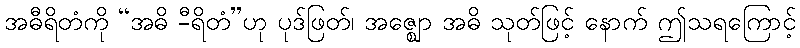
အဓီရိတံကို “အဓိ -ီရိတံ”ဟု ပုဒ်ဖြတ်၊ အဇ္ဈော အဓိ သုတ်ဖြင့် နောက် ဤသရကြောင့်